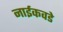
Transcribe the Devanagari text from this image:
नाईकवडे